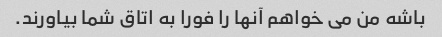
باشه من می خواهم آنها را فورا به اتاق شما بیاورند.